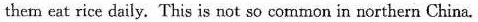
them eat rice daily. This is not so common in northern China.